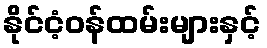
နိုင်ငံ့ဝန်ထမ်းများနှင့်